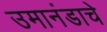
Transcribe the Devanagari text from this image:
उमानंडाचे